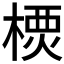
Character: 樮